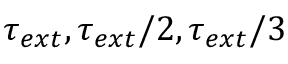
\tau _ { e x t } , \tau _ { e x t } / 2 , \tau _ { e x t } / 3